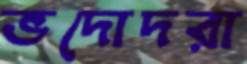
ভদোদরা